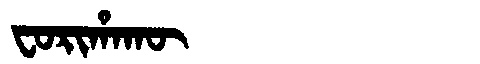
Manchu: ᠸᠣᡵᡳᡥᠠᡴᡡ
Romanization: FORIHAKŪ